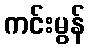
ကင်းမွန်